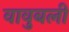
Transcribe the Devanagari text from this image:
वावुबली